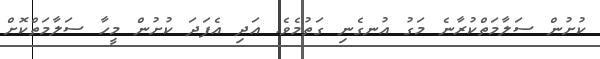
ކުށުން ސަލާމަތްކުރާނެ މަގު އުނގެނި ގަތުމެވެ. އަދި އެފަދަ ކުށުން މީހާ ސަލާމަތްކޮށް